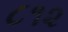
૮૧૨